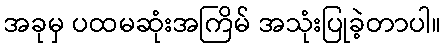
အခုမှ ပထမဆုံးအကြိမ် အသုံးပြုခဲ့တာပါ။